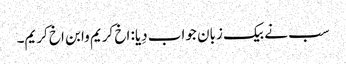
سب نے بیک زبان جواب دِیا: اخ کریم وابن اخ کریم۔